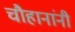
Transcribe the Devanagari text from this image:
चाैहानांनी